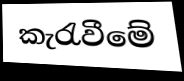
කැරැවීමේ